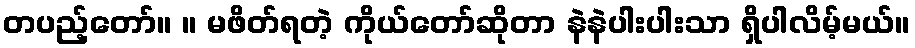
တပည့်တော်။ ။ မဖိတ်ရတဲ့ ကိုယ်တော်ဆိုတာ နဲနဲပါးပါးသာ ရှိပါလိမ့်မယ်။